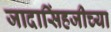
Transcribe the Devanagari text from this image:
जादासिंहजीच्या